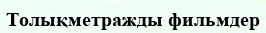
Толықметражды фильмдер